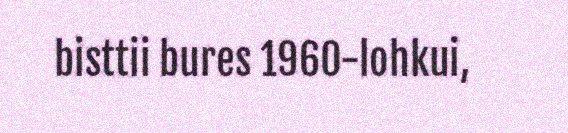
bisttii bures 1960-lohkui,